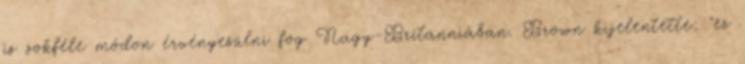
is sokféle módon érvényesülni fog Nagy-Britanniában. Brown kijelentette: "ez